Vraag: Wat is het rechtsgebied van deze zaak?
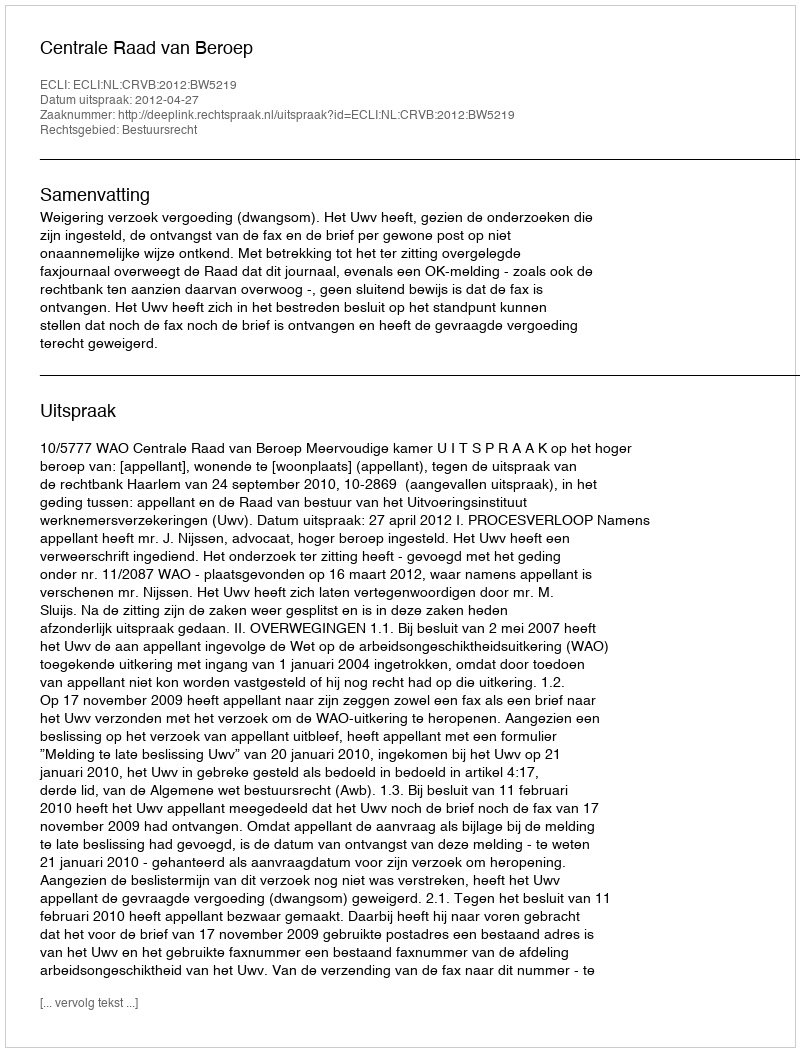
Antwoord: Bestuursrecht